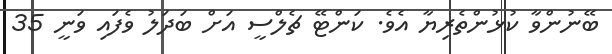
ބޭނުންވާ ކުޅުންތެރިޔާ އެވެ. ކަންޓޭ ޗެލްސީ އަށް ބަދަލު ވެފައި ވަނީ 35